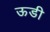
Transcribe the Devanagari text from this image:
ऊडी